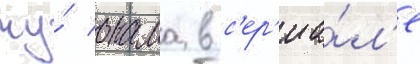
чу́ онама в с'ер'иа́л'е